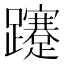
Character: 𨇥